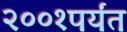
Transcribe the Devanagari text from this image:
२००१पर्यंत